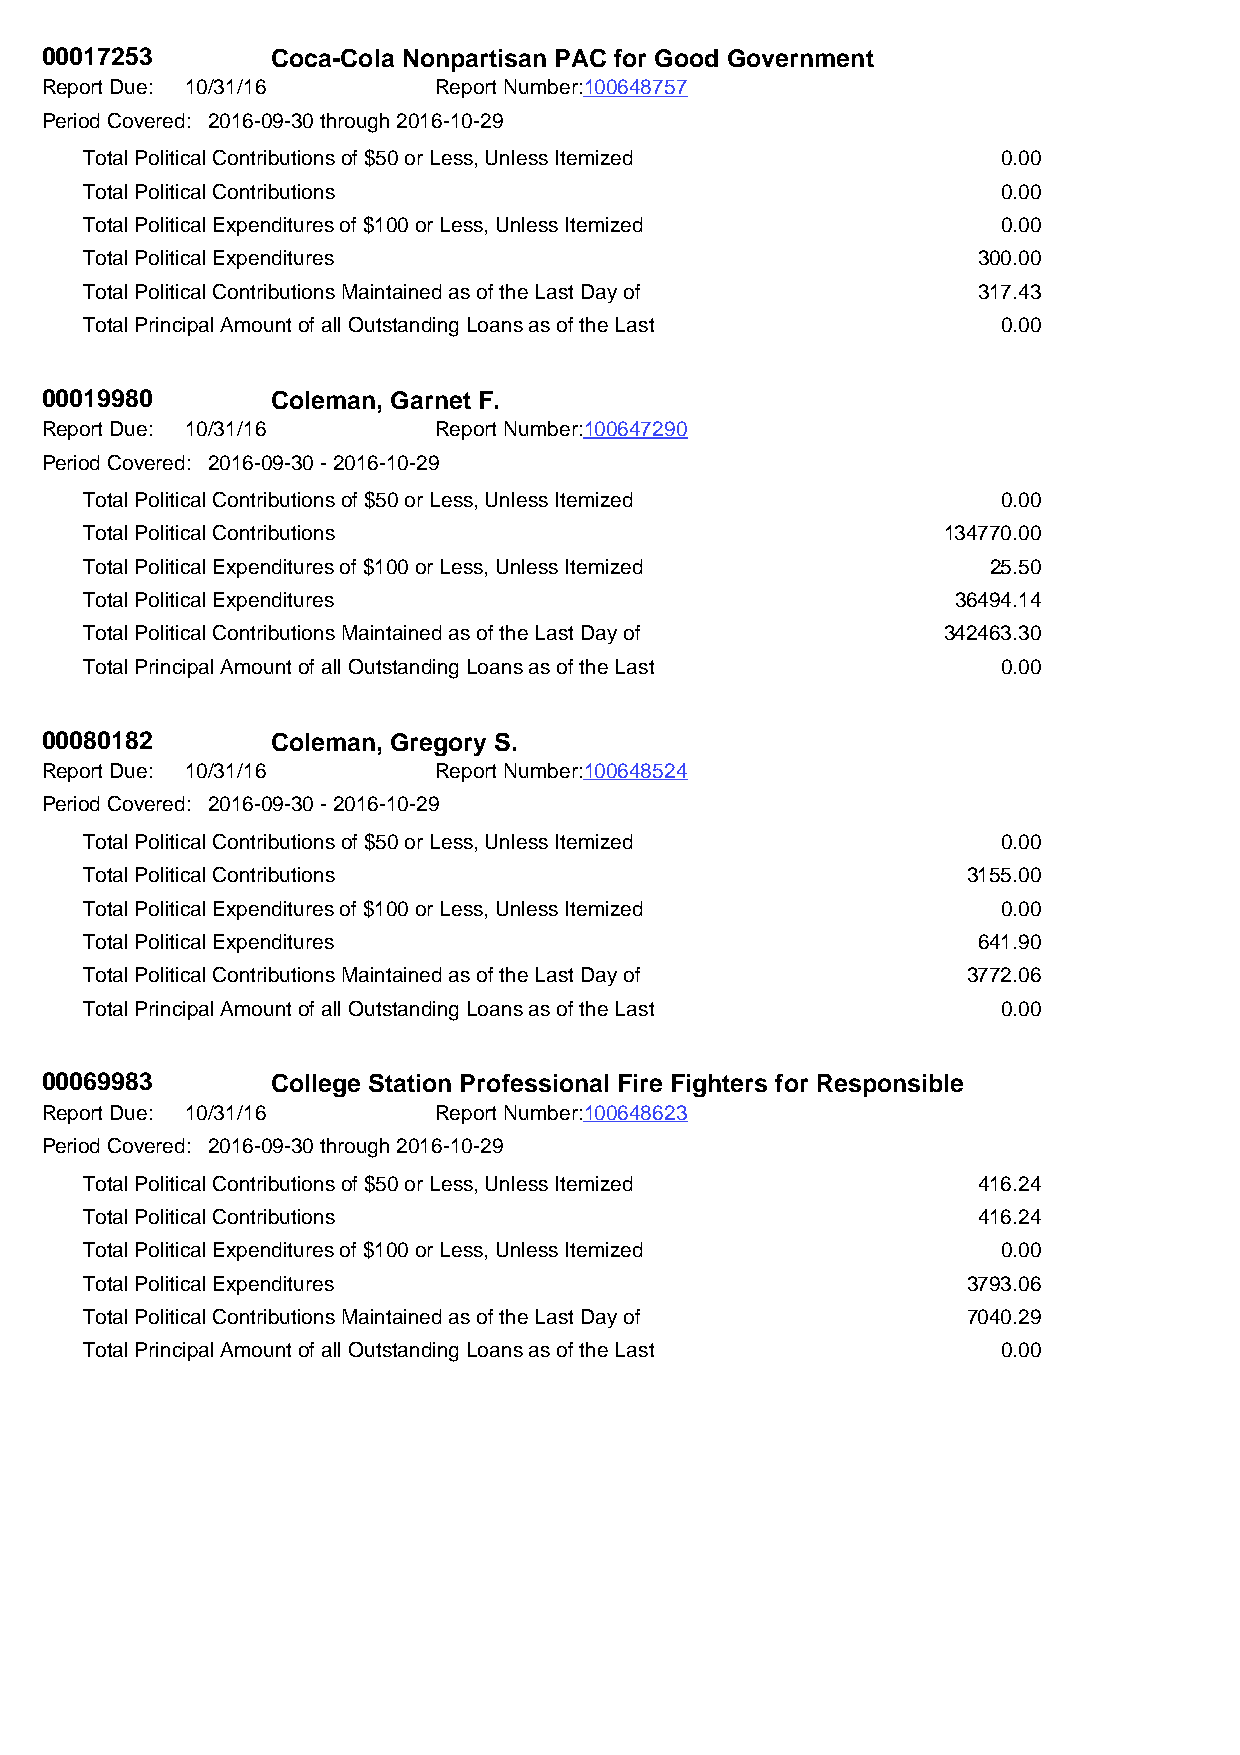
00017253       Coca-Cola Nonpartisan PAC for Good Government
 Report Due: 10/31/16      Report Number:100648757
 Period Covered: 2016-09-30 through 2016-10-29
 Total Political Contributions of $50 or Less, Unless Itemized 0.00
 Total Political Contributions                               0.00
 Total Political Expenditures of $100 or Less, Unless Itemized 0.00
 Total Political Expenditures                               300.00
 Total Political Contributions Maintained as of the Last Day of 317.43
 Total Principal Amount of all Outstanding Loans as of the Last 0.00
 00019980       Coleman, Garnet F.
 Report Due: 10/31/16      Report Number:100647290
 Period Covered: 2016-09-30 - 2016-10-29
 Total Political Contributions of $50 or Less, Unless Itemized 0.00
 Total Political Contributions                           134770.00
 Total Political Expenditures of $100 or Less, Unless Itemized 25.50
 Total Political Expenditures                             36494.14
 Total Political Contributions Maintained as of the Last Day of 342463.30
 Total Principal Amount of all Outstanding Loans as of the Last 0.00
 00080182       Coleman, Gregory S.
 Report Due: 10/31/16      Report Number:100648524
 Period Covered: 2016-09-30 - 2016-10-29
 Total Political Contributions of $50 or Less, Unless Itemized 0.00
 Total Political Contributions                             3155.00
 Total Political Expenditures of $100 or Less, Unless Itemized 0.00
 Total Political Expenditures                               641.90
 Total Political Contributions Maintained as of the Last Day of 3772.06
 Total Principal Amount of all Outstanding Loans as of the Last 0.00
 00069983       College Station Professional Fire Fighters for Responsible
 Report Due: 10/31/16      Report Number:100648623
 Period Covered: 2016-09-30 through 2016-10-29
 Total Political Contributions of $50 or Less, Unless Itemized 416.24
 Total Political Contributions                              416.24
 Total Political Expenditures of $100 or Less, Unless Itemized 0.00
 Total Political Expenditures                              3793.06
 Total Political Contributions Maintained as of the Last Day of 7040.29
 Total Principal Amount of all Outstanding Loans as of the Last 0.00